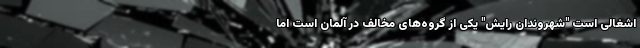
اشغالی است "شهروندان رایش" یکی از گروه‌های مخالف در آلمان است اما